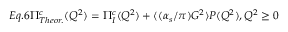
E q . 6 \Pi _ { T h e o r . } ^ { c } ( Q ^ { 2 } ) = \Pi _ { I } ^ { c } ( Q ^ { 2 } ) + \langle ( \alpha _ { s } / \pi ) G ^ { 2 } \rangle P ( Q ^ { 2 } ) , Q ^ { 2 } \geq 0